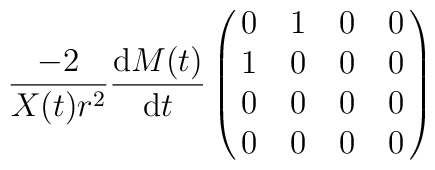
\frac{-2}{X(t) r^2} \frac{{\rm d}M(t)}{{\rm d}t}\pmatrix{0 & 1 &0 & 0 \cr1 & 0 & 0 & 0 \cr0 & 0 & 0 & 0 \cr0 & 0 & 0 & 0 \cr}